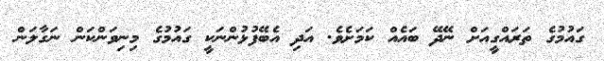
ގައުމުގެ ތަރައްގީއަށް ނޭދޭ ބައެއް ކަމަށެވެ. އަދި އެބޭފުޅުންނަކީ ގައުމުގެ މިނިވަންކަން ނަގާލަން